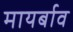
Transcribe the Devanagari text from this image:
मायर्बाव